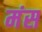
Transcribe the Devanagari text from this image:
मंस